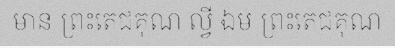
មាន ព្រះតេជគុណ ល្វី ឯម ព្រះតេជគុណ